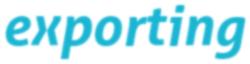
exporting